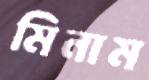
মিনাম